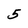
Character: 5